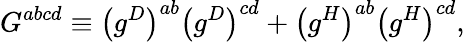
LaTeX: G^{abcd}\equiv\left(g^{D}\right)^{ab}\left(g^{D}\right)^{cd}+\left(g^{H}\right)^{ab}\left(g^{H}\right)^{cd},